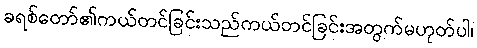
ခရစ်တော်၏ကယ်တင်ခြင်းသည်ကယ်တင်ခြင်းအတွက်မဟုတ်ပါ၊